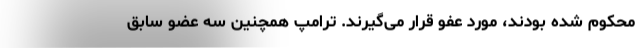
محکوم شده بودند، مورد عفو قرار می‌گیرند. ترامپ همچنین سه عضو سابق